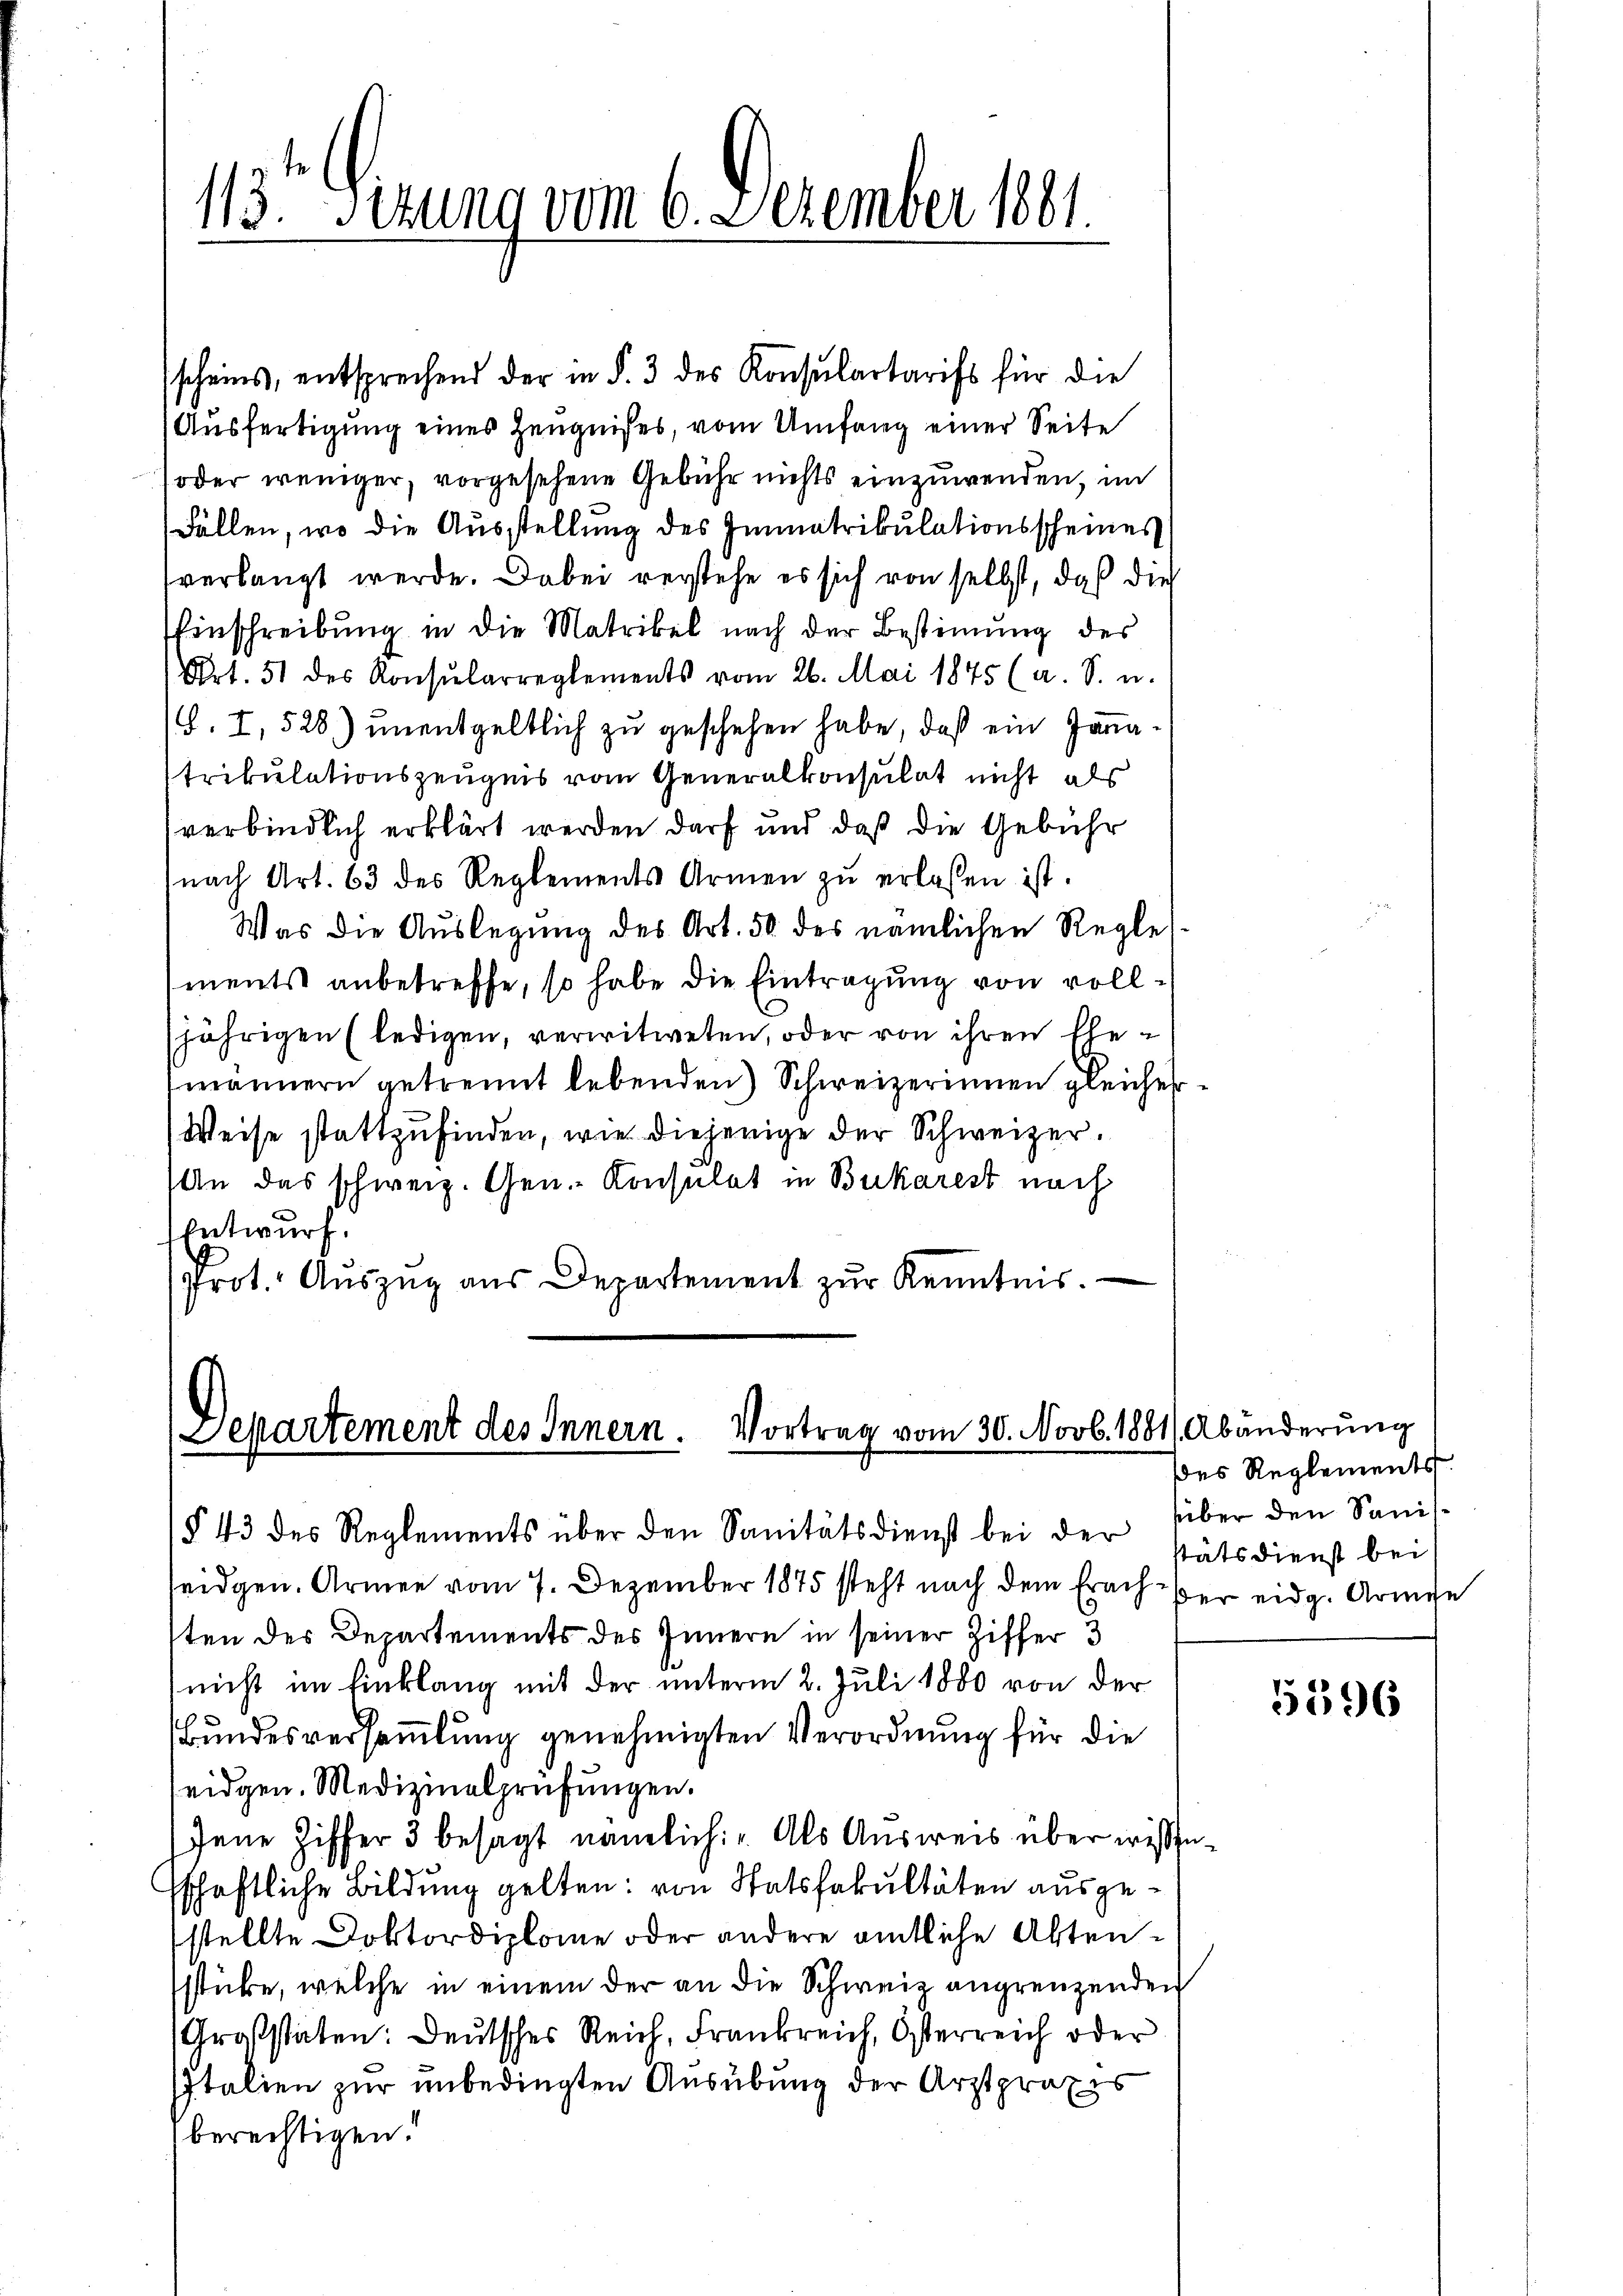
113 Sizung vom 6. Dezember 1881.

scheins, entsprechend der in §. 3 des Konsulartarifs für die
Ausfertigung eines Zeugnisses, vom Umfang einer Seite
(oder weniger, vorgesehene Gebühr nichts einzuwenden, im
Fällen, wo die Ausstellung des Immatrikulationsscheines
verlangt werde. Dabei verstehe es sich von selbst, daß die
Einschreibung in die Matrikel nach der Bestimmung des
Ort. 51 des Konsularreglements vom 26. Mai 1875 (a. S. u.
S. I, 528) unentgeltlich zu geschehen habe, daß ein Jonatrikulationszeugnis vom Generalkonsulat nicht als
verbindlich erklärt werden darf und daß die Gebühr
nach Art. 63 des Reglements Armen zŭ erlassen ist.
Was die Auslegung des Art. 50 des nämlichen Regles-
ments anbetreffe, so habe die Eintragung von volljährigen (ledigen, verwitweten, oder von ihren Ehemännern getrennt lebenden Schweizerinnen gleicher
Weise stattzufinden, wie diejenige der Schweizer¬
An das schweiz. Gen.- Konsulat in Bukarest nach
Entwurf.
Prot. Auszug aus Departement zur Kenntnis.

Lepartement des Innern. Vortrag vom 30. Novb. 1881/ Abänderung

§ 43 des Reglements über den Sanitätsdienst bei der stätsdienst bei

des Reglements.
über den Sanis¬

weidgen. Armen vom 7. Dezember 1875 steht nach dem Erach der eidg. Armen
sten des Departements des Innern in seiner Ziffer 3
nicht im Einklang mit der unterm 2. Juli 1880 von der
Bundesversammlung genehmigten Verordnung für die
eidgen. Medizinalprüfungen.
Jene Ziffer 3 besagt nämlich: „Als Ausweis über wissenschaftliche Bildung gelten: von Statsfakultäten ausgestellte Doktordiplome oder andere amtliche Abtensstücke, welche in einem der an die Schweiz angrenzenden
Großstaten: Deutsches Reich, Frankreich, Österreich oder
Italien zur unbedingten Ausübung der Arztpraxis
berechtigen!

5596